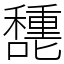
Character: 㘒